Eesti_Ajutise_Maavalitsuse_haridusosakond, lk 40
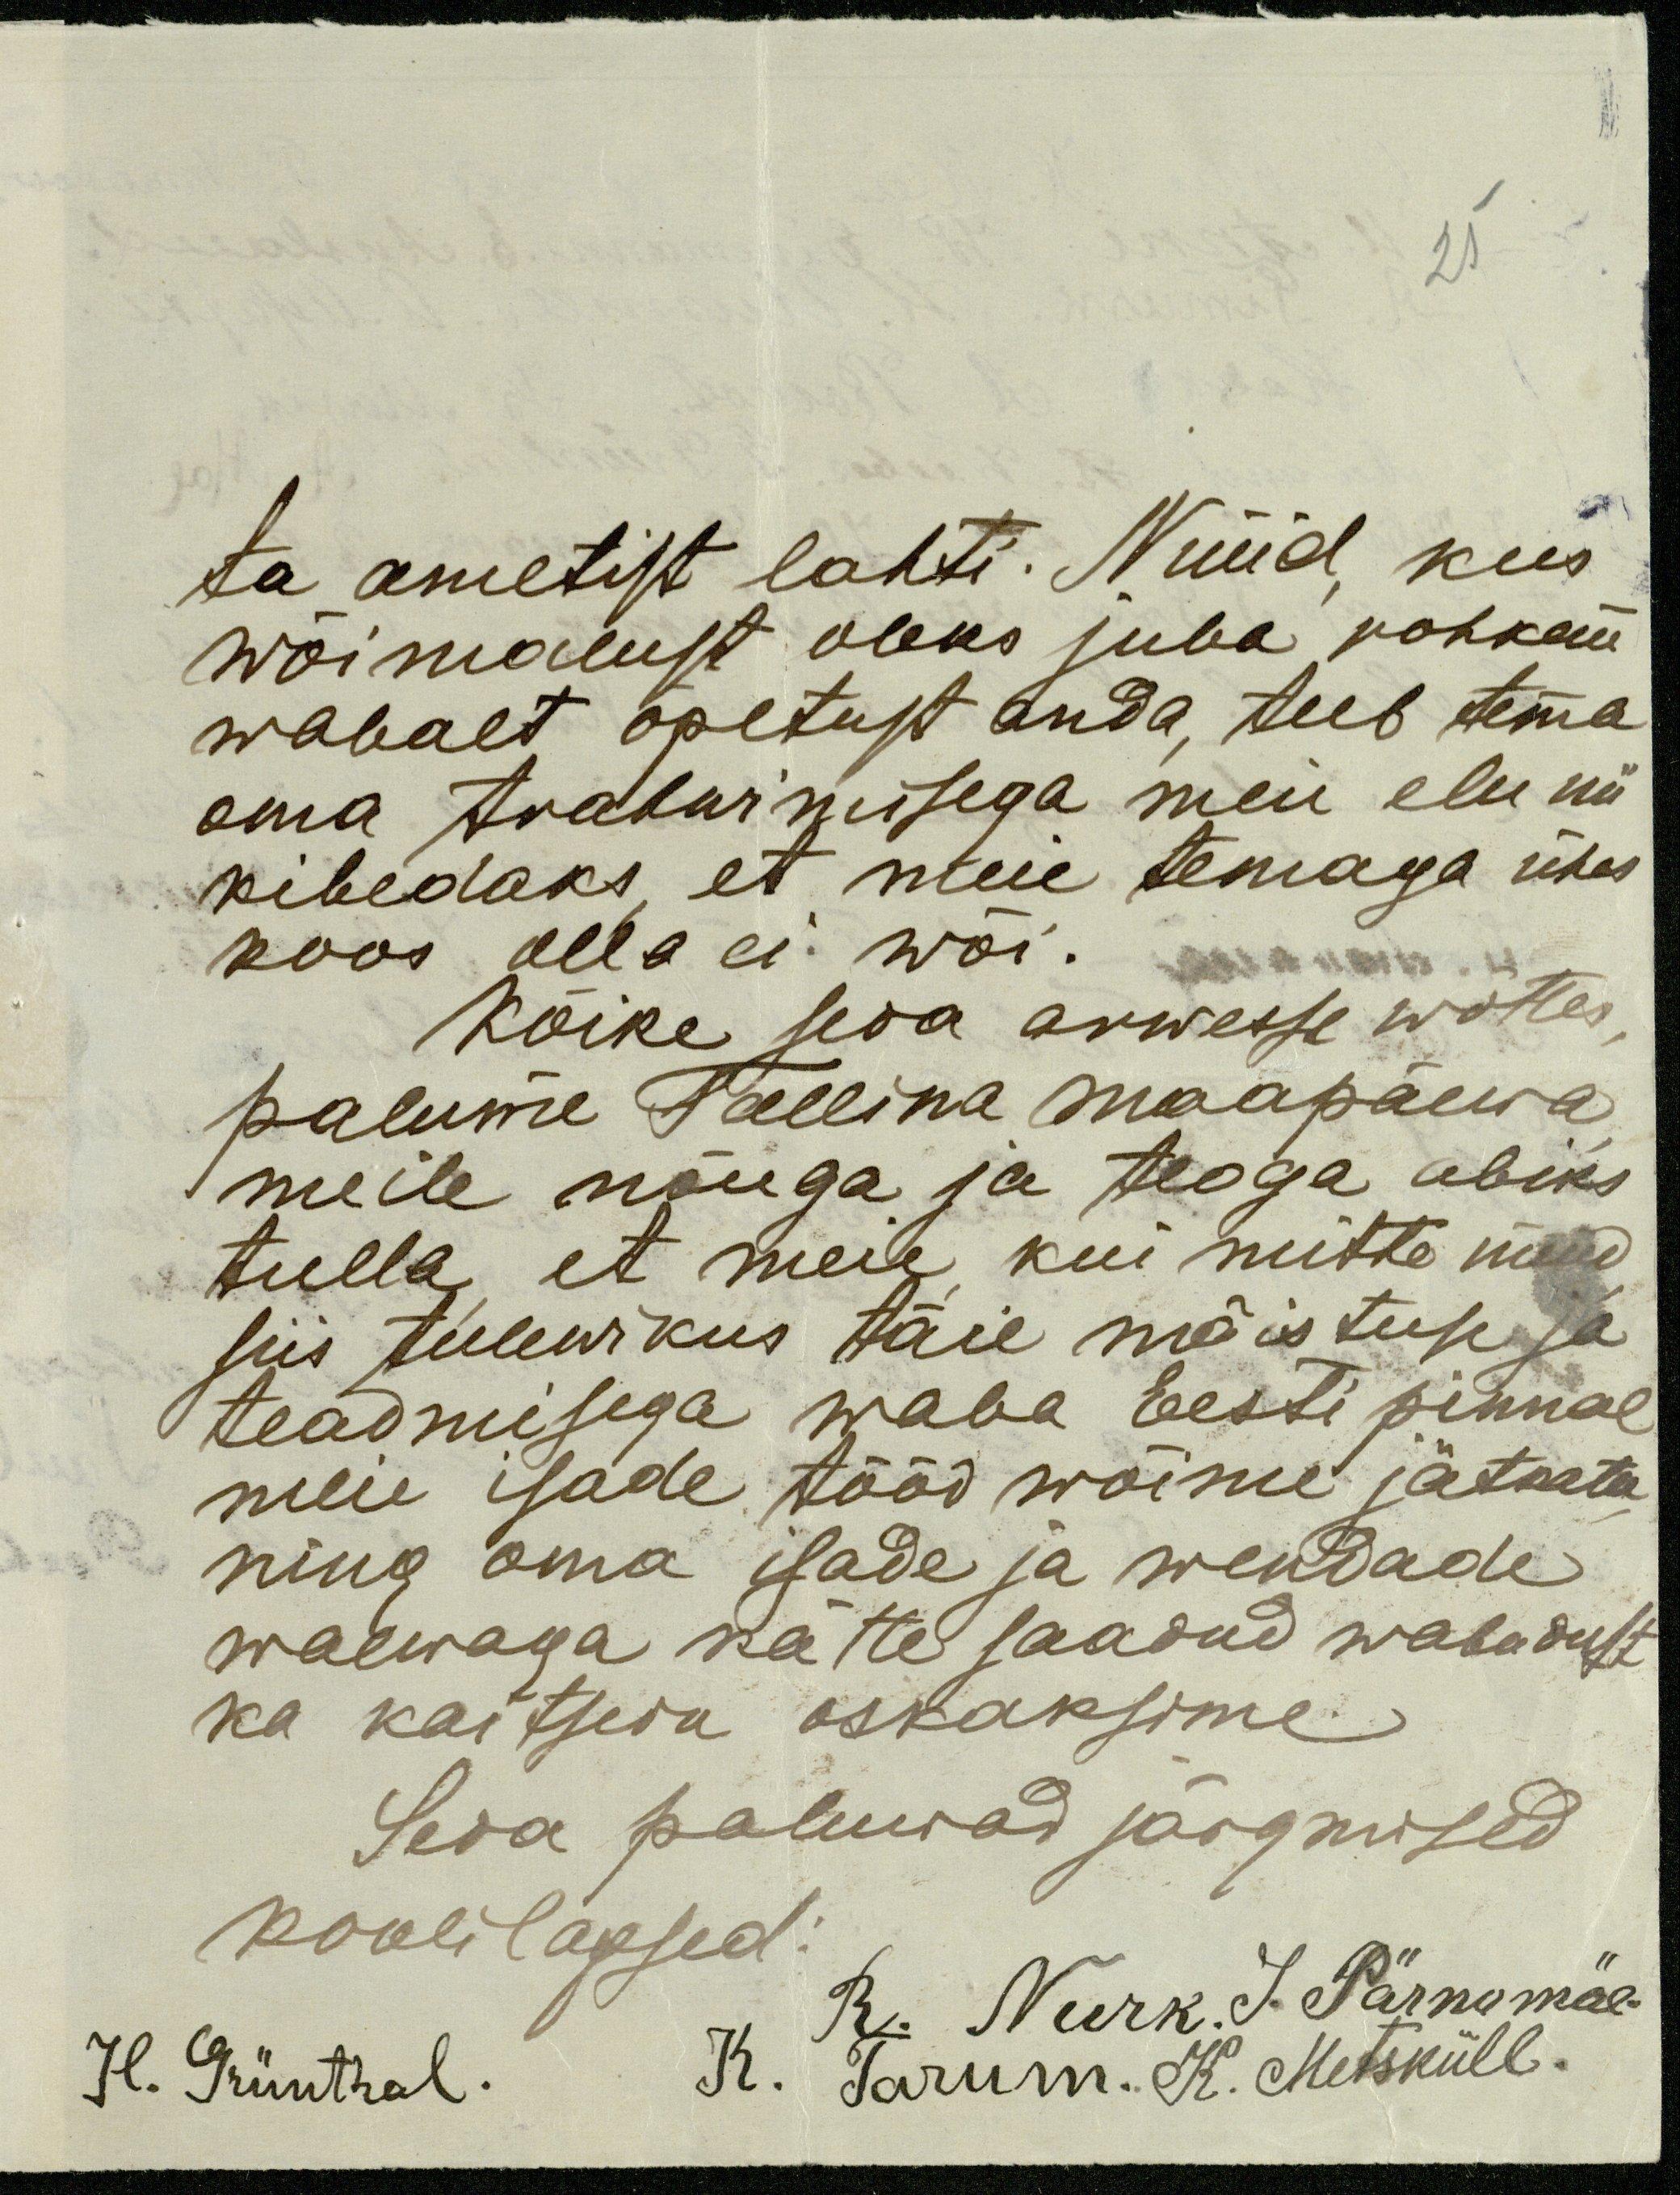
25

ta ametist lahti. Nüüd kus
wõimalust oleks juba rohkem
wabalt õpetust anda, teeb tema
oma trahwimisega meie elu nii
kibedaks, et meie temaga ühes
koos olla ei wõi.
Kõike seda arwesse wõttes
palume Tallina Maapäewa
meile nõuga ja teoga abiks
tulla, et meie kui mitte nüüd
siis tulewikus täie mõistuse ja
teadmisega waba Eesti pinnal
meie isade tööd wõime jätkata
ning oma isade ja wendade
waewaga kätte saadud wabadust
ka kaitseda oskaksime.
Seda paluwad järgmised
koolilapsed:
R. Nurk J. Pärnamäe.
H. Grünthal.
K. Tarum. K. Metsküll.